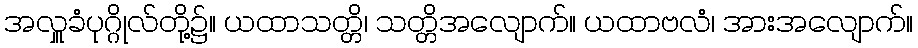
အလှူခံပုဂ္ဂိုလ်တို့၌။ ယထာသတ္တိ၊ သတ္တိအလျောက်။ ယထာဗလံ၊ အားအလျောက်။